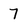
Character: 7